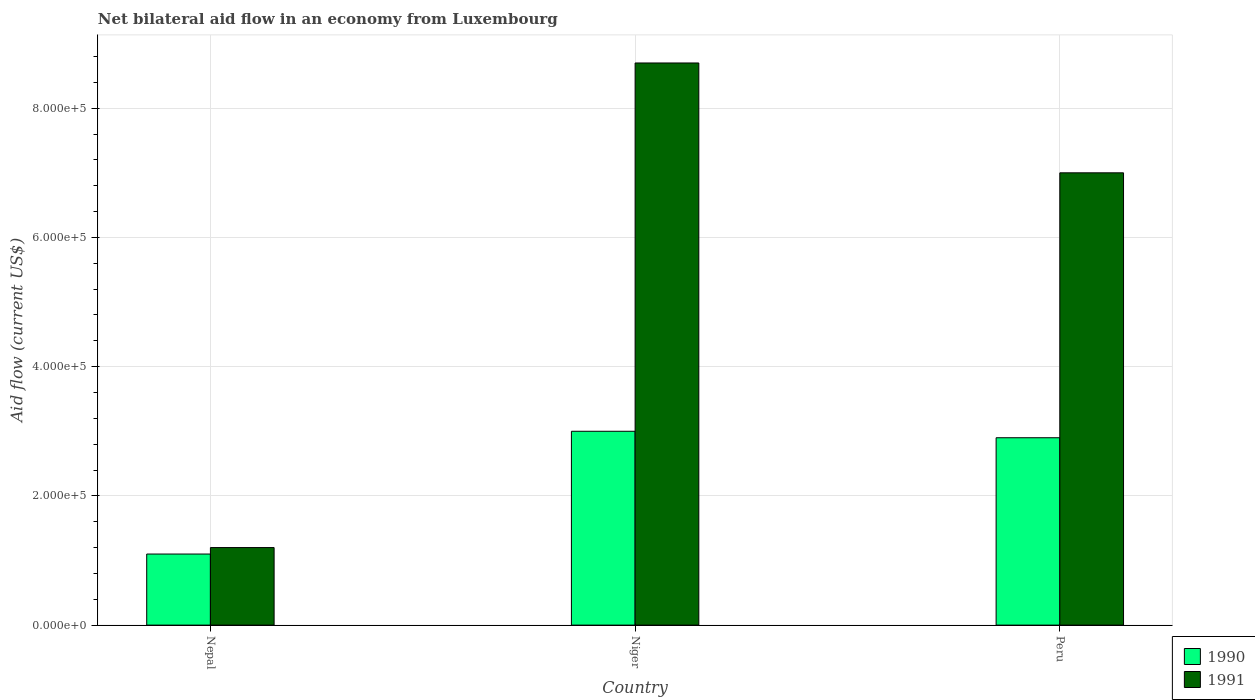
| Country | 1990 | 1991 |
 | --- | --- | --- |
 | Nepal | 1.1e+05 | 1.2e+05 |
 | Niger | 3e+05 | 8.7e+05 |
 | Peru | 2.9e+05 | 7e+05 |